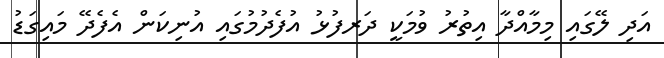
އަދި ލޭގައި މިމާއްދާ އިތުރު ވުމަކީ ދަރފުޅު އުފެދުމުގައި އުނިކަން އެފެދޭ މައިގަޑު